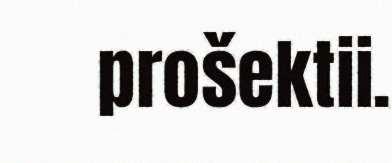
prošektii.